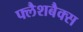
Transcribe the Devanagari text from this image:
फ्लैशबैक्स